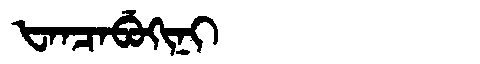
Manchu: ᡶᠠᠨᠴᠠᠪᡠᡴᡳᠨᡳ
Romanization: FANCABUKINI